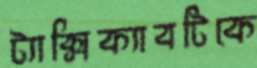
ট্যাক্সিক্যাবটিকে